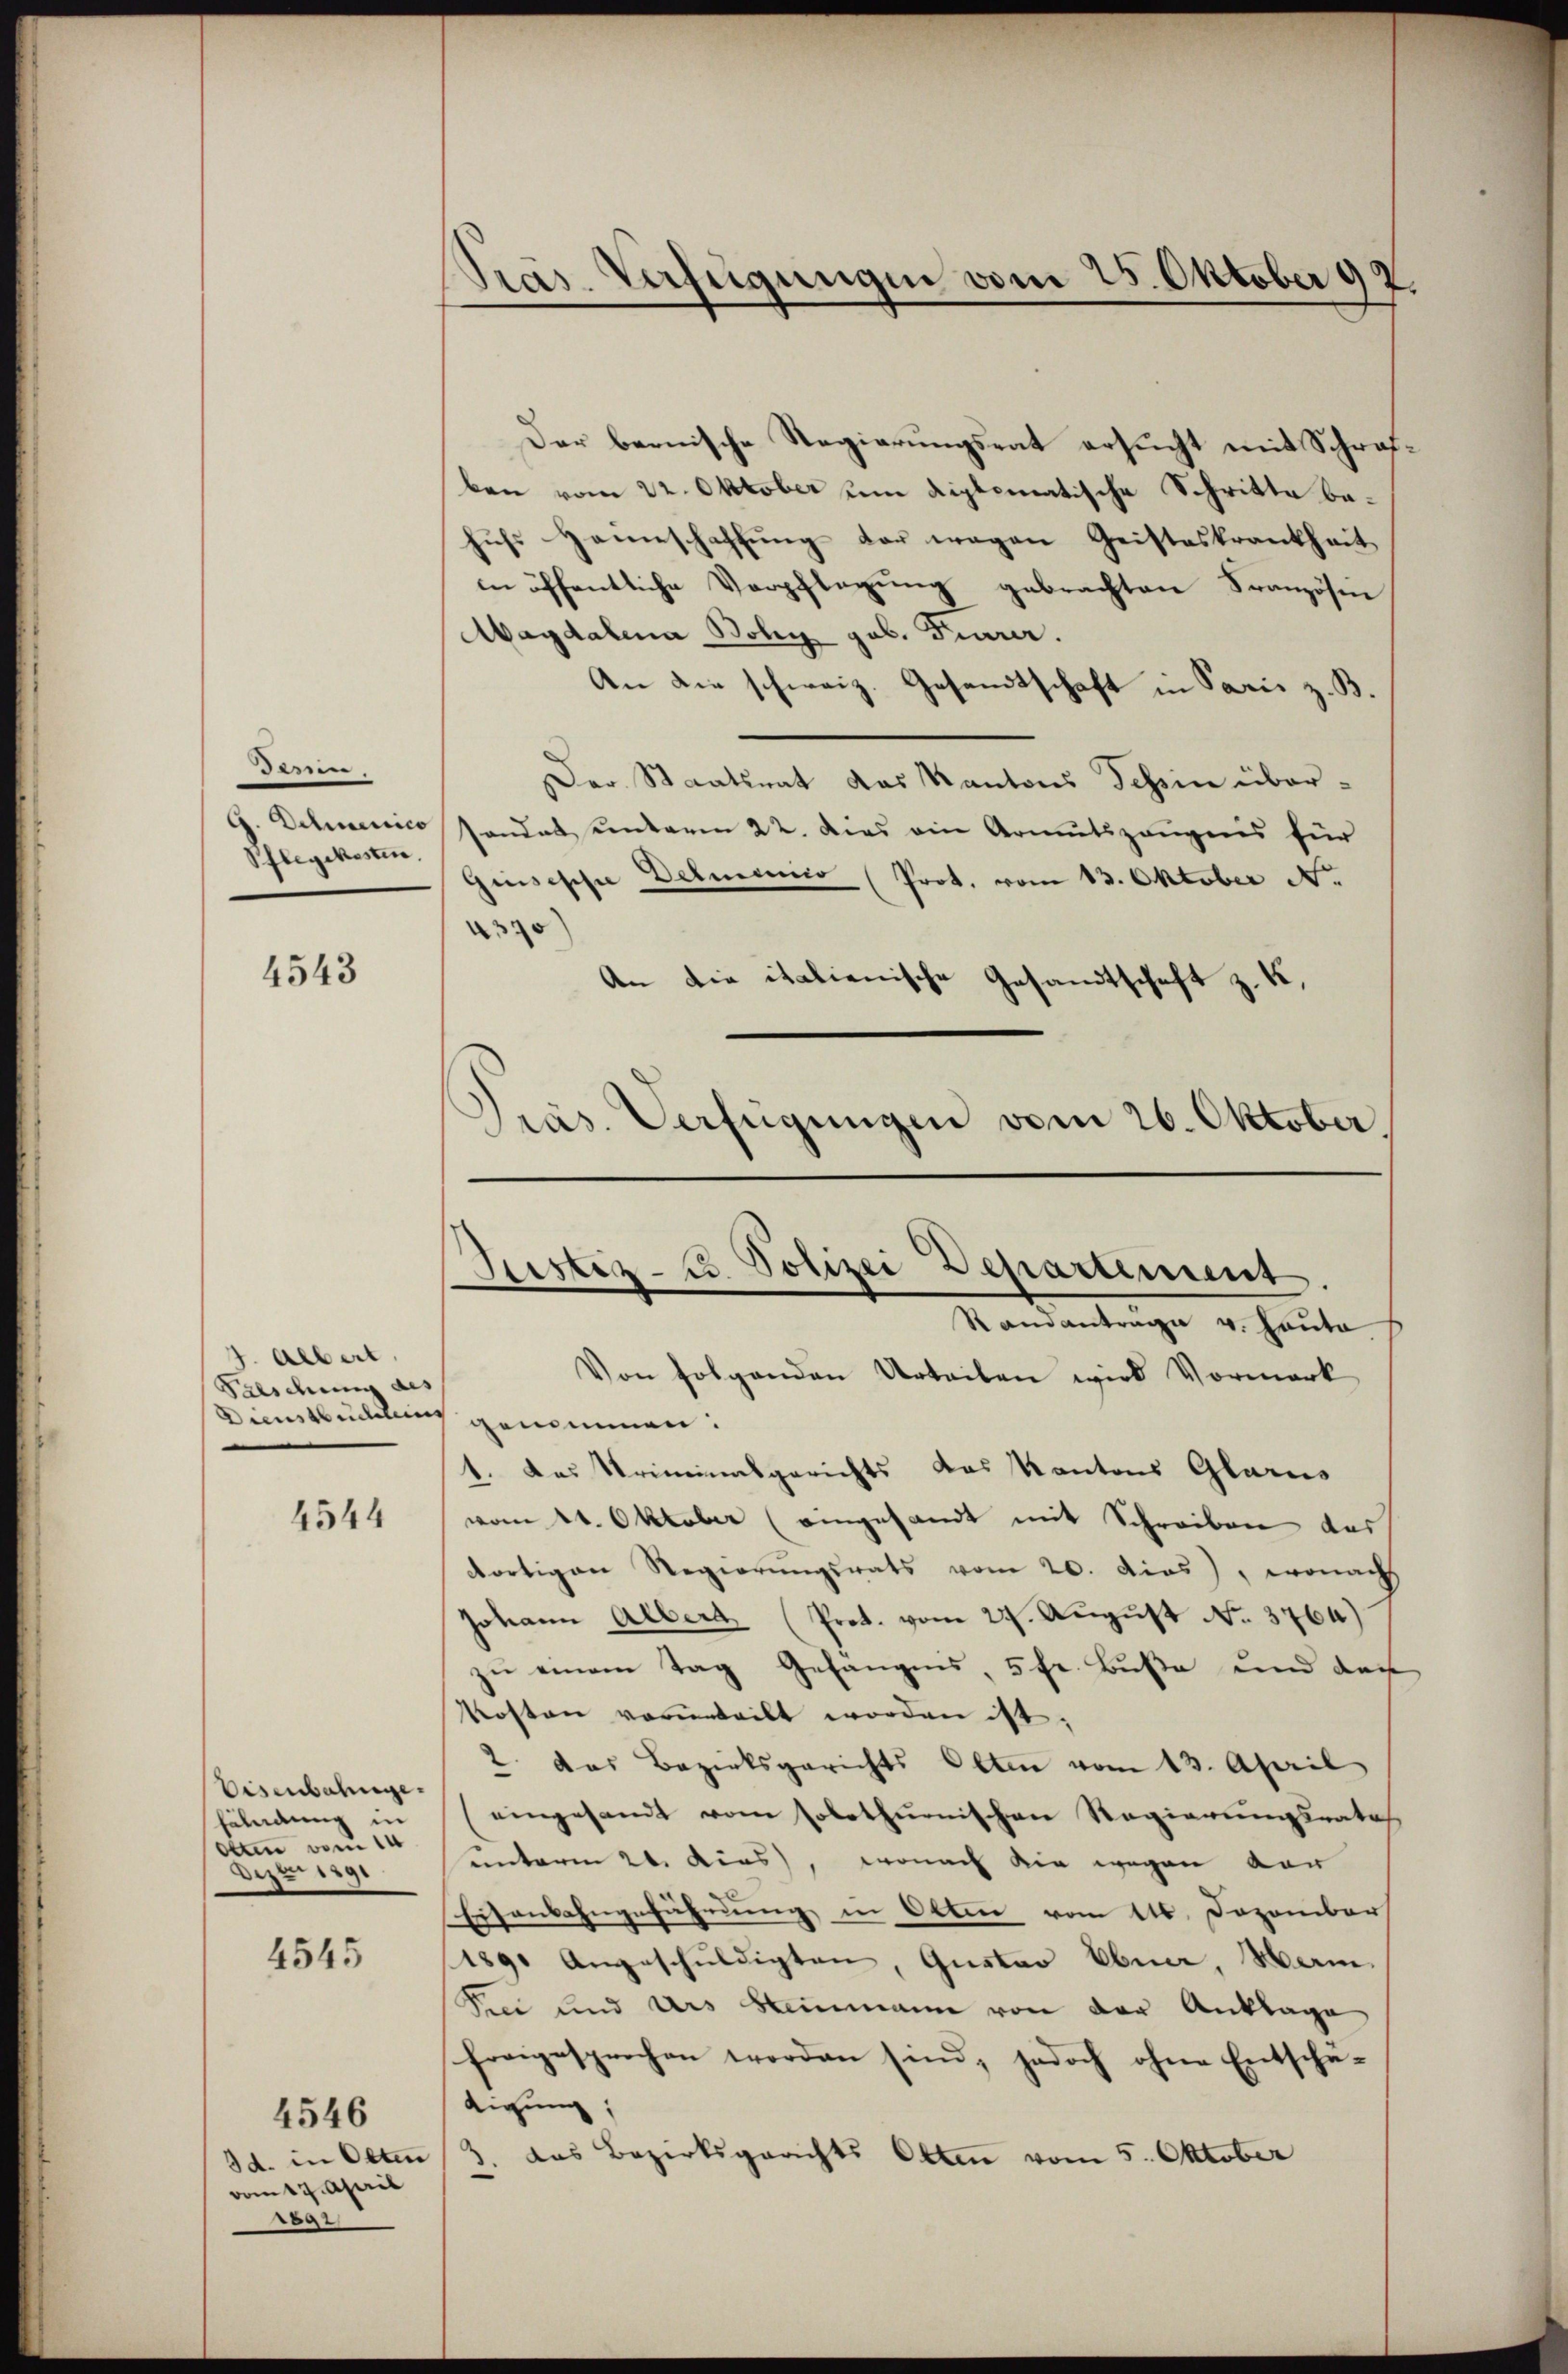
dassen.
Pflegekosten.

4543

J. Albert.
Falschung als

4544

Eisenbahnge.
shälndung in
dten vom 1
Dez. 1891

4545

vom 17. April
a

4546

Der bernische Regierungsrat ersucht mit Schrafben vom 22. Oktober um diplomatische Schritte behufs Hannschaffung der wegen Geisteskrankheit
in öffentliche Verpflegung gebrachten Französin
Magdalena Boly geb. Feurer.
An die schweiz. Gesandtschaft in Paris z. B.
Der Staatsrat das Kantons Tessin über¬
G. Delianico, sandat unterm 22. dies ein Armutszeŭgnis für
Gisische Detmenico (Prot. vom 13. Oktober N.
3
An die italienische Gesandtschaft z. B.
Pras. Verfügungen vom 26. Oktober.

Pras. Verfügungen vom 25. Oktober 92.

Justiz- u. Polizei Departement
Randanträge v. Hauta

Von folgenden Urteiben wird Vormerk
Dienstbucklung genommen:
1. Das Priminalgerichts das Kantons Glarus
vom 21. Oktober (eingesandt mit Schreiben des
dortigen Regierŭngsrats vom 20. dies), wonach
Johann Albert (Prot. vom 27. August No. 3764)
zu einem Tag Gefängnis, 5 Fr. Buße und dass
Kosten vorteilt worden ist.
2. Das Bezirksgerichts Olten vom 13. April
eingesandt vom solothurnischen Regierungsrates.
unterm 20. Acas, wonach die wegen vor
Eisenbahngeführung in Olten vom 16. Dezember
1890 Angeschuldigten, Gustav Ebna, Man¬
Pier und Urs Stammann von der Anklage
freigesprochen worden sind, jedoch ohne Entschä-
tigung,
Id. in Olten 3. das Bezirksgerichts Otten vom 5. Oktober